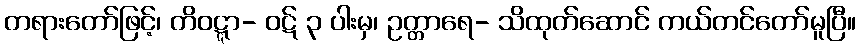
တရားတော်ဖြင့်၊ တိဝဋ္ဋာ- ဝဋ် ၃ ပါးမှ၊ ဥတ္တာရေ- သိထုတ်ဆောင် ကယ်တင်တော်မူပြီ။